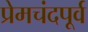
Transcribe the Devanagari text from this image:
प्रेमचंदपूर्व